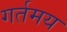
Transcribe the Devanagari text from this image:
गर्तमय